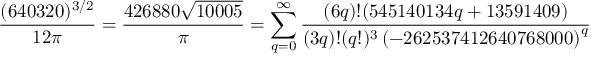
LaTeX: { \frac { ( 6 4 0 3 2 0 ) ^ { 3 / 2 } } { 1 2 \pi } } = { \frac { 4 2 6 8 8 0 { \sqrt { 1 0 0 0 5 } } } { \pi } } = \sum _ { q = 0 } ^ { \infty } { \frac { ( 6 q ) ! ( 5 4 5 1 4 0 1 3 4 q + 1 3 5 9 1 4 0 9 ) } { ( 3 q ) ! ( q ! ) ^ { 3 } \left( - 2 6 2 5 3 7 4 1 2 6 4 0 7 6 8 0 0 0 \right) ^ { q } } }